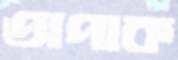
অপাক